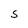
Character: S